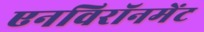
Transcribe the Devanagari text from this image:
एनविरॉनमेंट